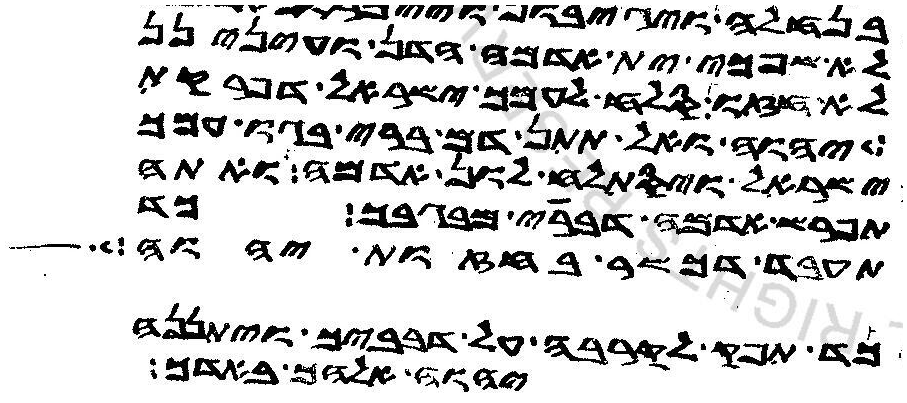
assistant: לאשפכי ית אדמה הדן ועינינן
לא חזו סלח לעמך ישראל דפרקת
יהוה ואל תתן אדם ברי בגו עמך
ישראל ויסתלח לון אדמה ואתה
תפרש אדמה דברי מבגבך כד
תעבד דכשר בחזות יהוה כד
כד תפק לקרבה על דבביך ויתננה
יהוה אלהך באדך